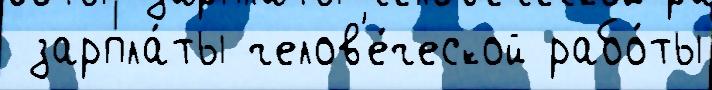
 зарпла́ты челов'е́ческой рабо́ты